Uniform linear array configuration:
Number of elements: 16
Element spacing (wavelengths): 0.5
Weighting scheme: uniform
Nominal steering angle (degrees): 60
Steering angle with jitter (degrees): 59.584
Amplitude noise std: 0.05
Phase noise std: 0.05

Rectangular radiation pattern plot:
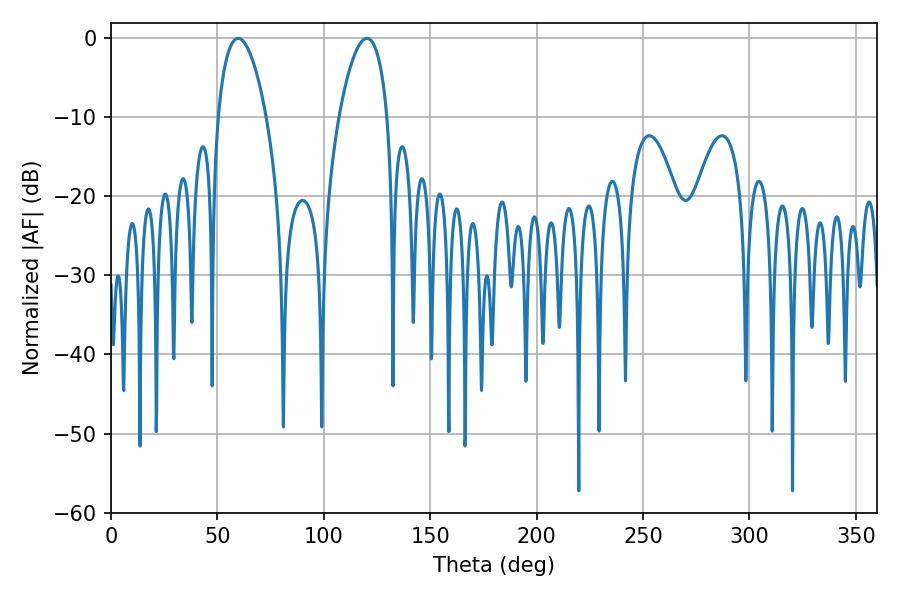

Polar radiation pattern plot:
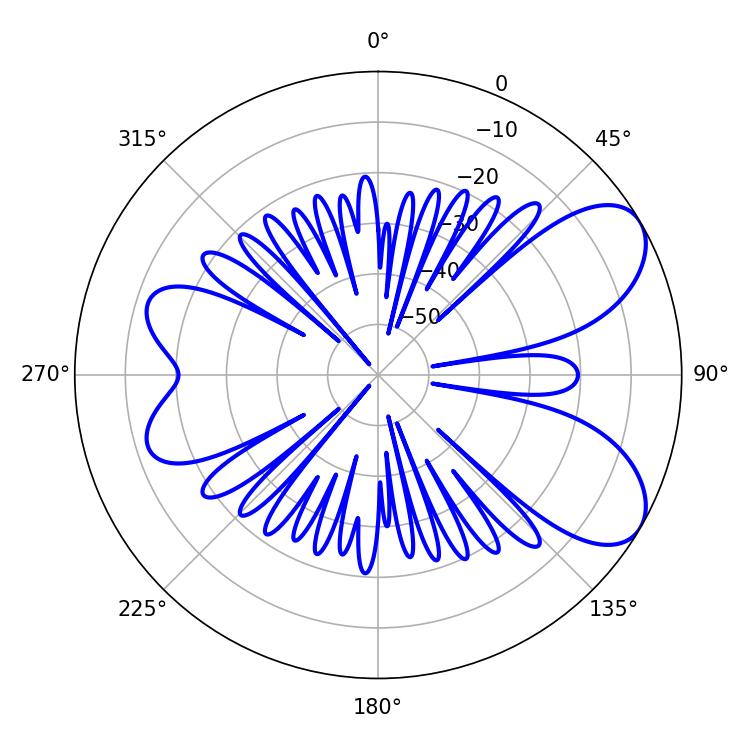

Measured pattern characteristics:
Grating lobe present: FALSE
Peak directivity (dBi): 7.18
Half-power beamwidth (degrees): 12.78
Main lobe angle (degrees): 59.76